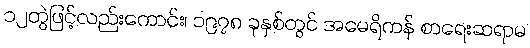
၁၂တွဲဖြင့်လည်းကောင်း၊ ၁၉၇၈ ခုနှစ်တွင် အမေရိကန် စာရေးဆရာမ